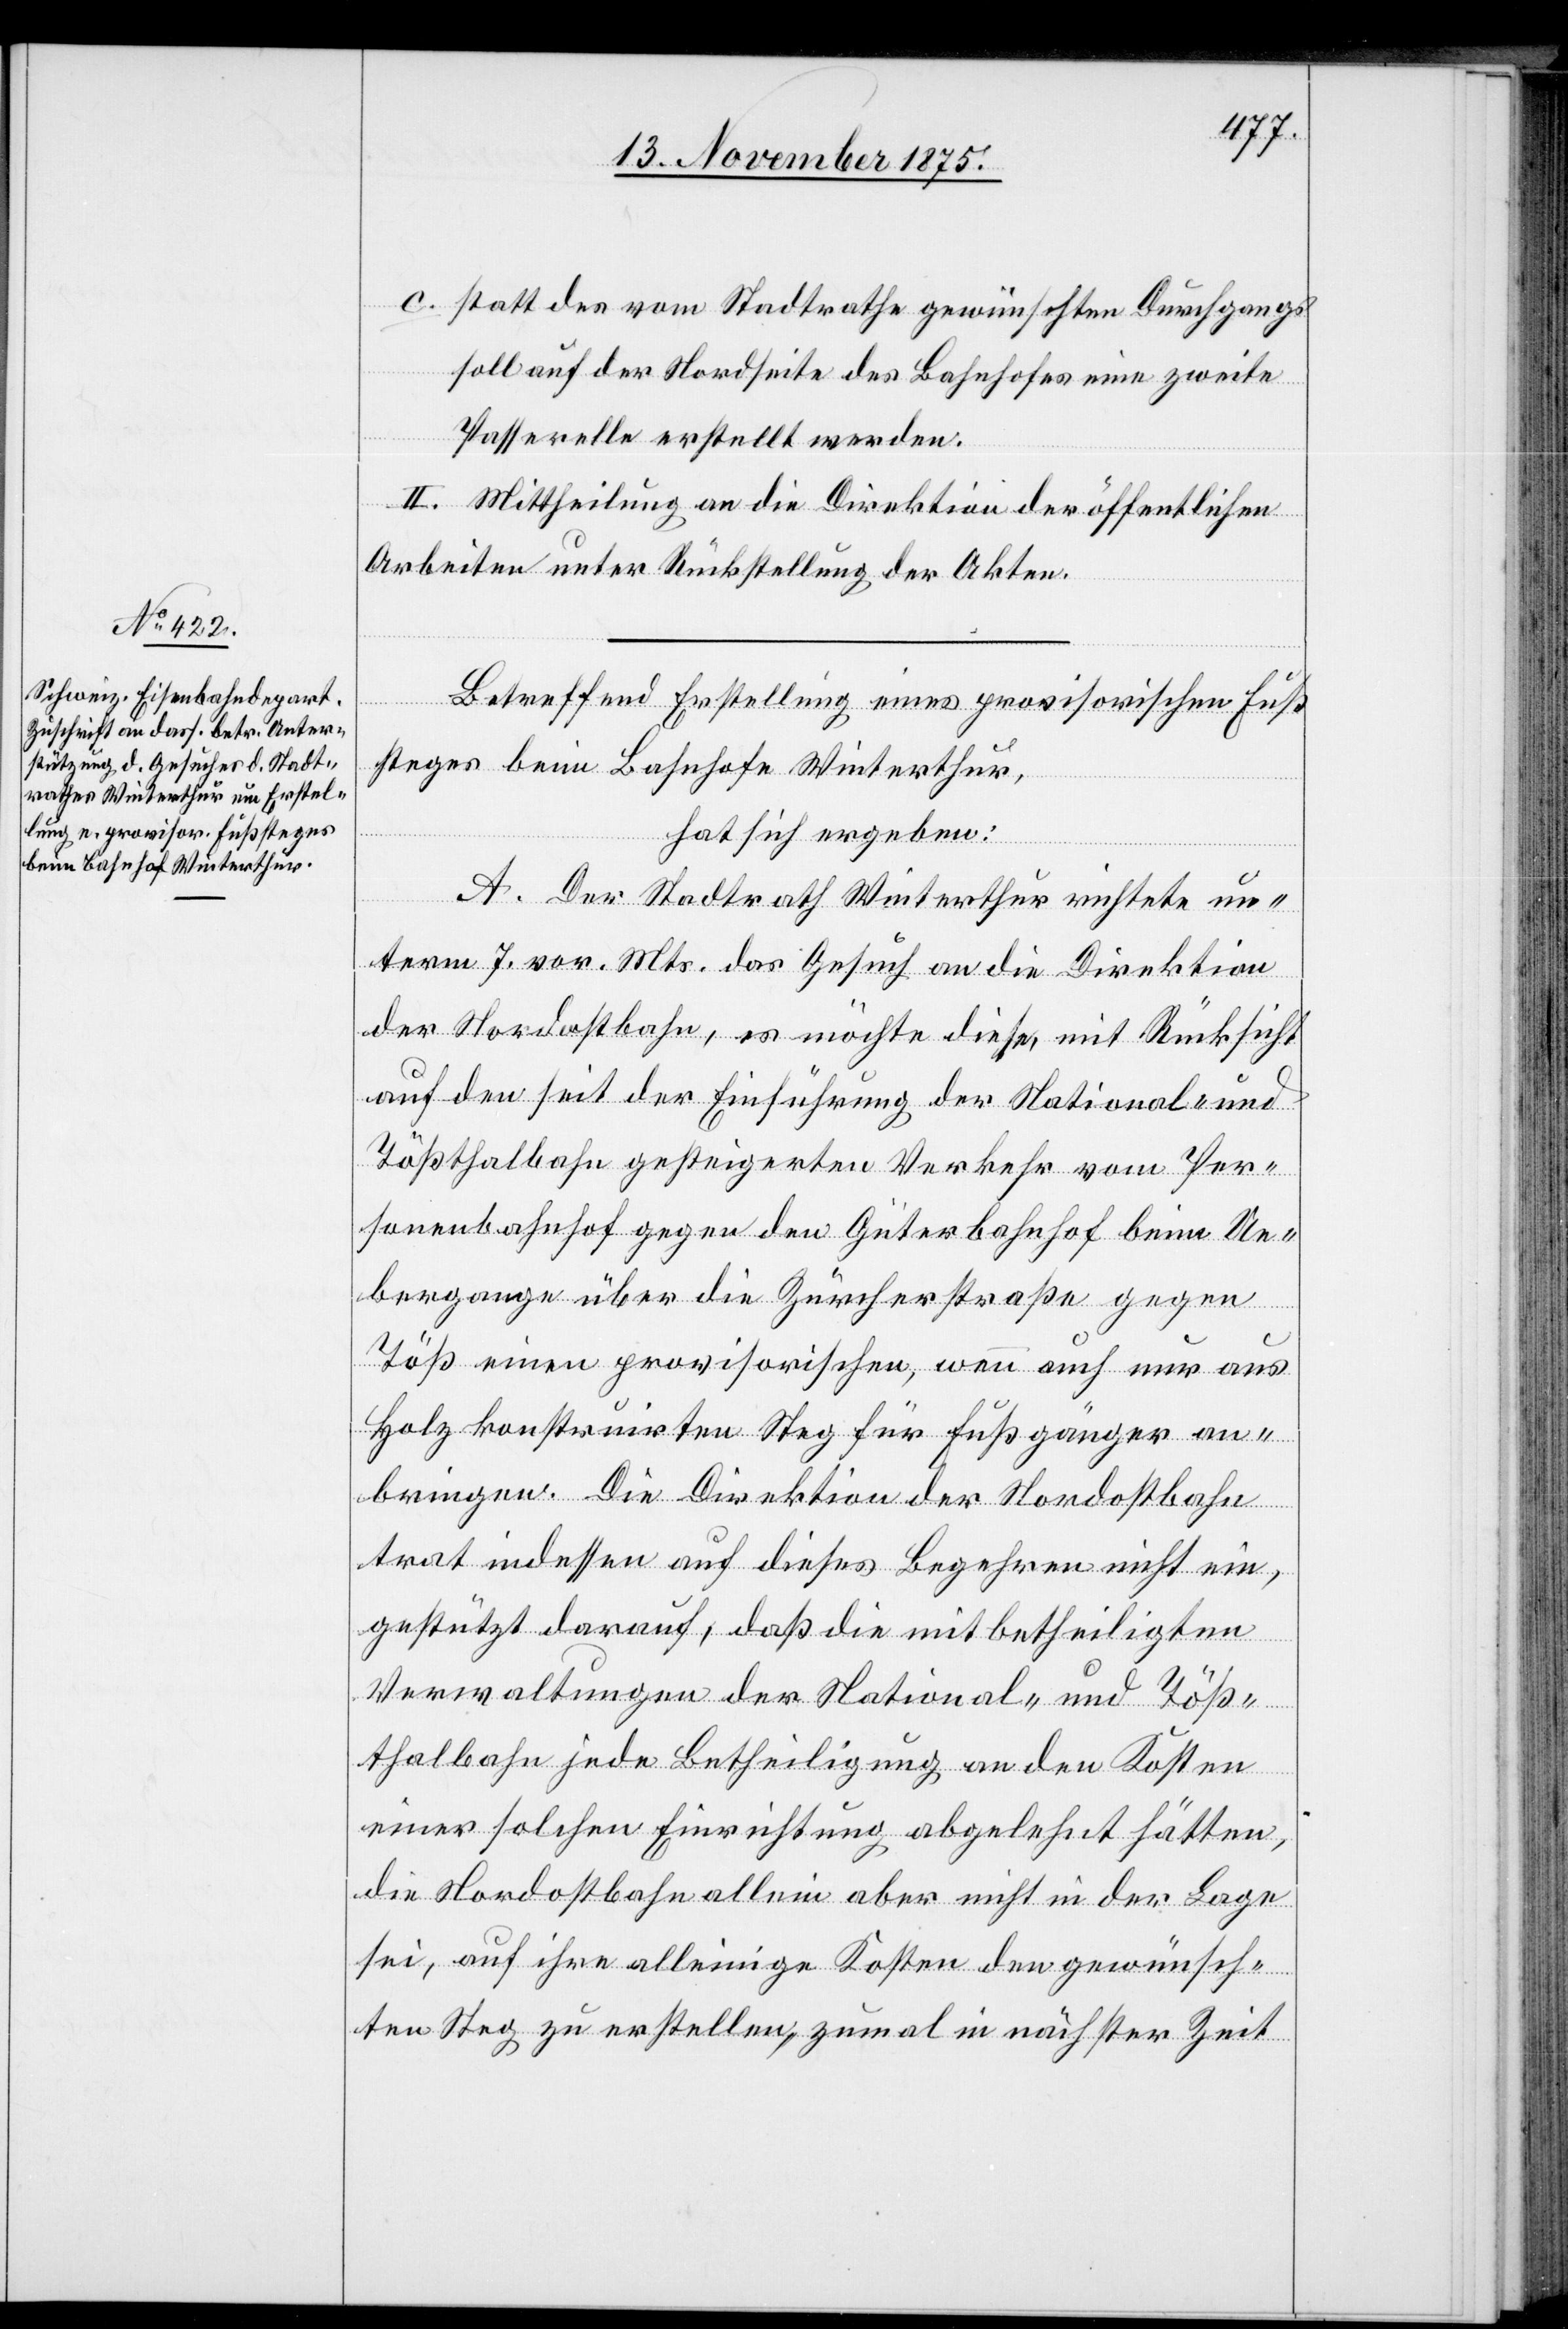
c. statt des vom Stadtrathe gewünschten Durchgangs
soll auf der Nordseite des Bahnhofes eine zweite
Passarelle erstellt werden.
II. Mittheilung an die Direktion der öffentlichen
Arbeiten unter Rückstellung der Akten.
Betreffend Erstellung eines provisorischen Fuß¬
steges beim Bahnhofe Winterthur,
hat sich ergeben:
A. Der Stadtrath Winterthur richtete un¬
term 7. vor. Mts. das Gesuch an die Direktion
der Nordostbahn, es möchte diese, mit Rücksicht
auf den seit Einführung der National- und
Tößthalbahn gesteigerten Verkehr vom Per¬
sonenbahnhof gegen den Güterbahnhof beim Ue¬
bergange über die Zürcherstraße gegen
Töß einen provisorischen, wenn auch nur aus
Holz konstruirten Steg für Fußgänger an¬
bringen. Die Direktion der Nordostbahn
trat indessen auf dieses Begehren nicht ein,
gestützt darauf, daß die mitbetheiligten
Verwaltungen der National- und Töß¬
thalbahn jede Betheiligung an den Kosten
einer solchen Einrichtung abgelehnt hätten,
die Nordostbahn allein aber nicht in der Lage
sei, auf ihre alleinige Kosten den gewünsch¬
ten Steg zu erstellen, zumal in nächster Zeit